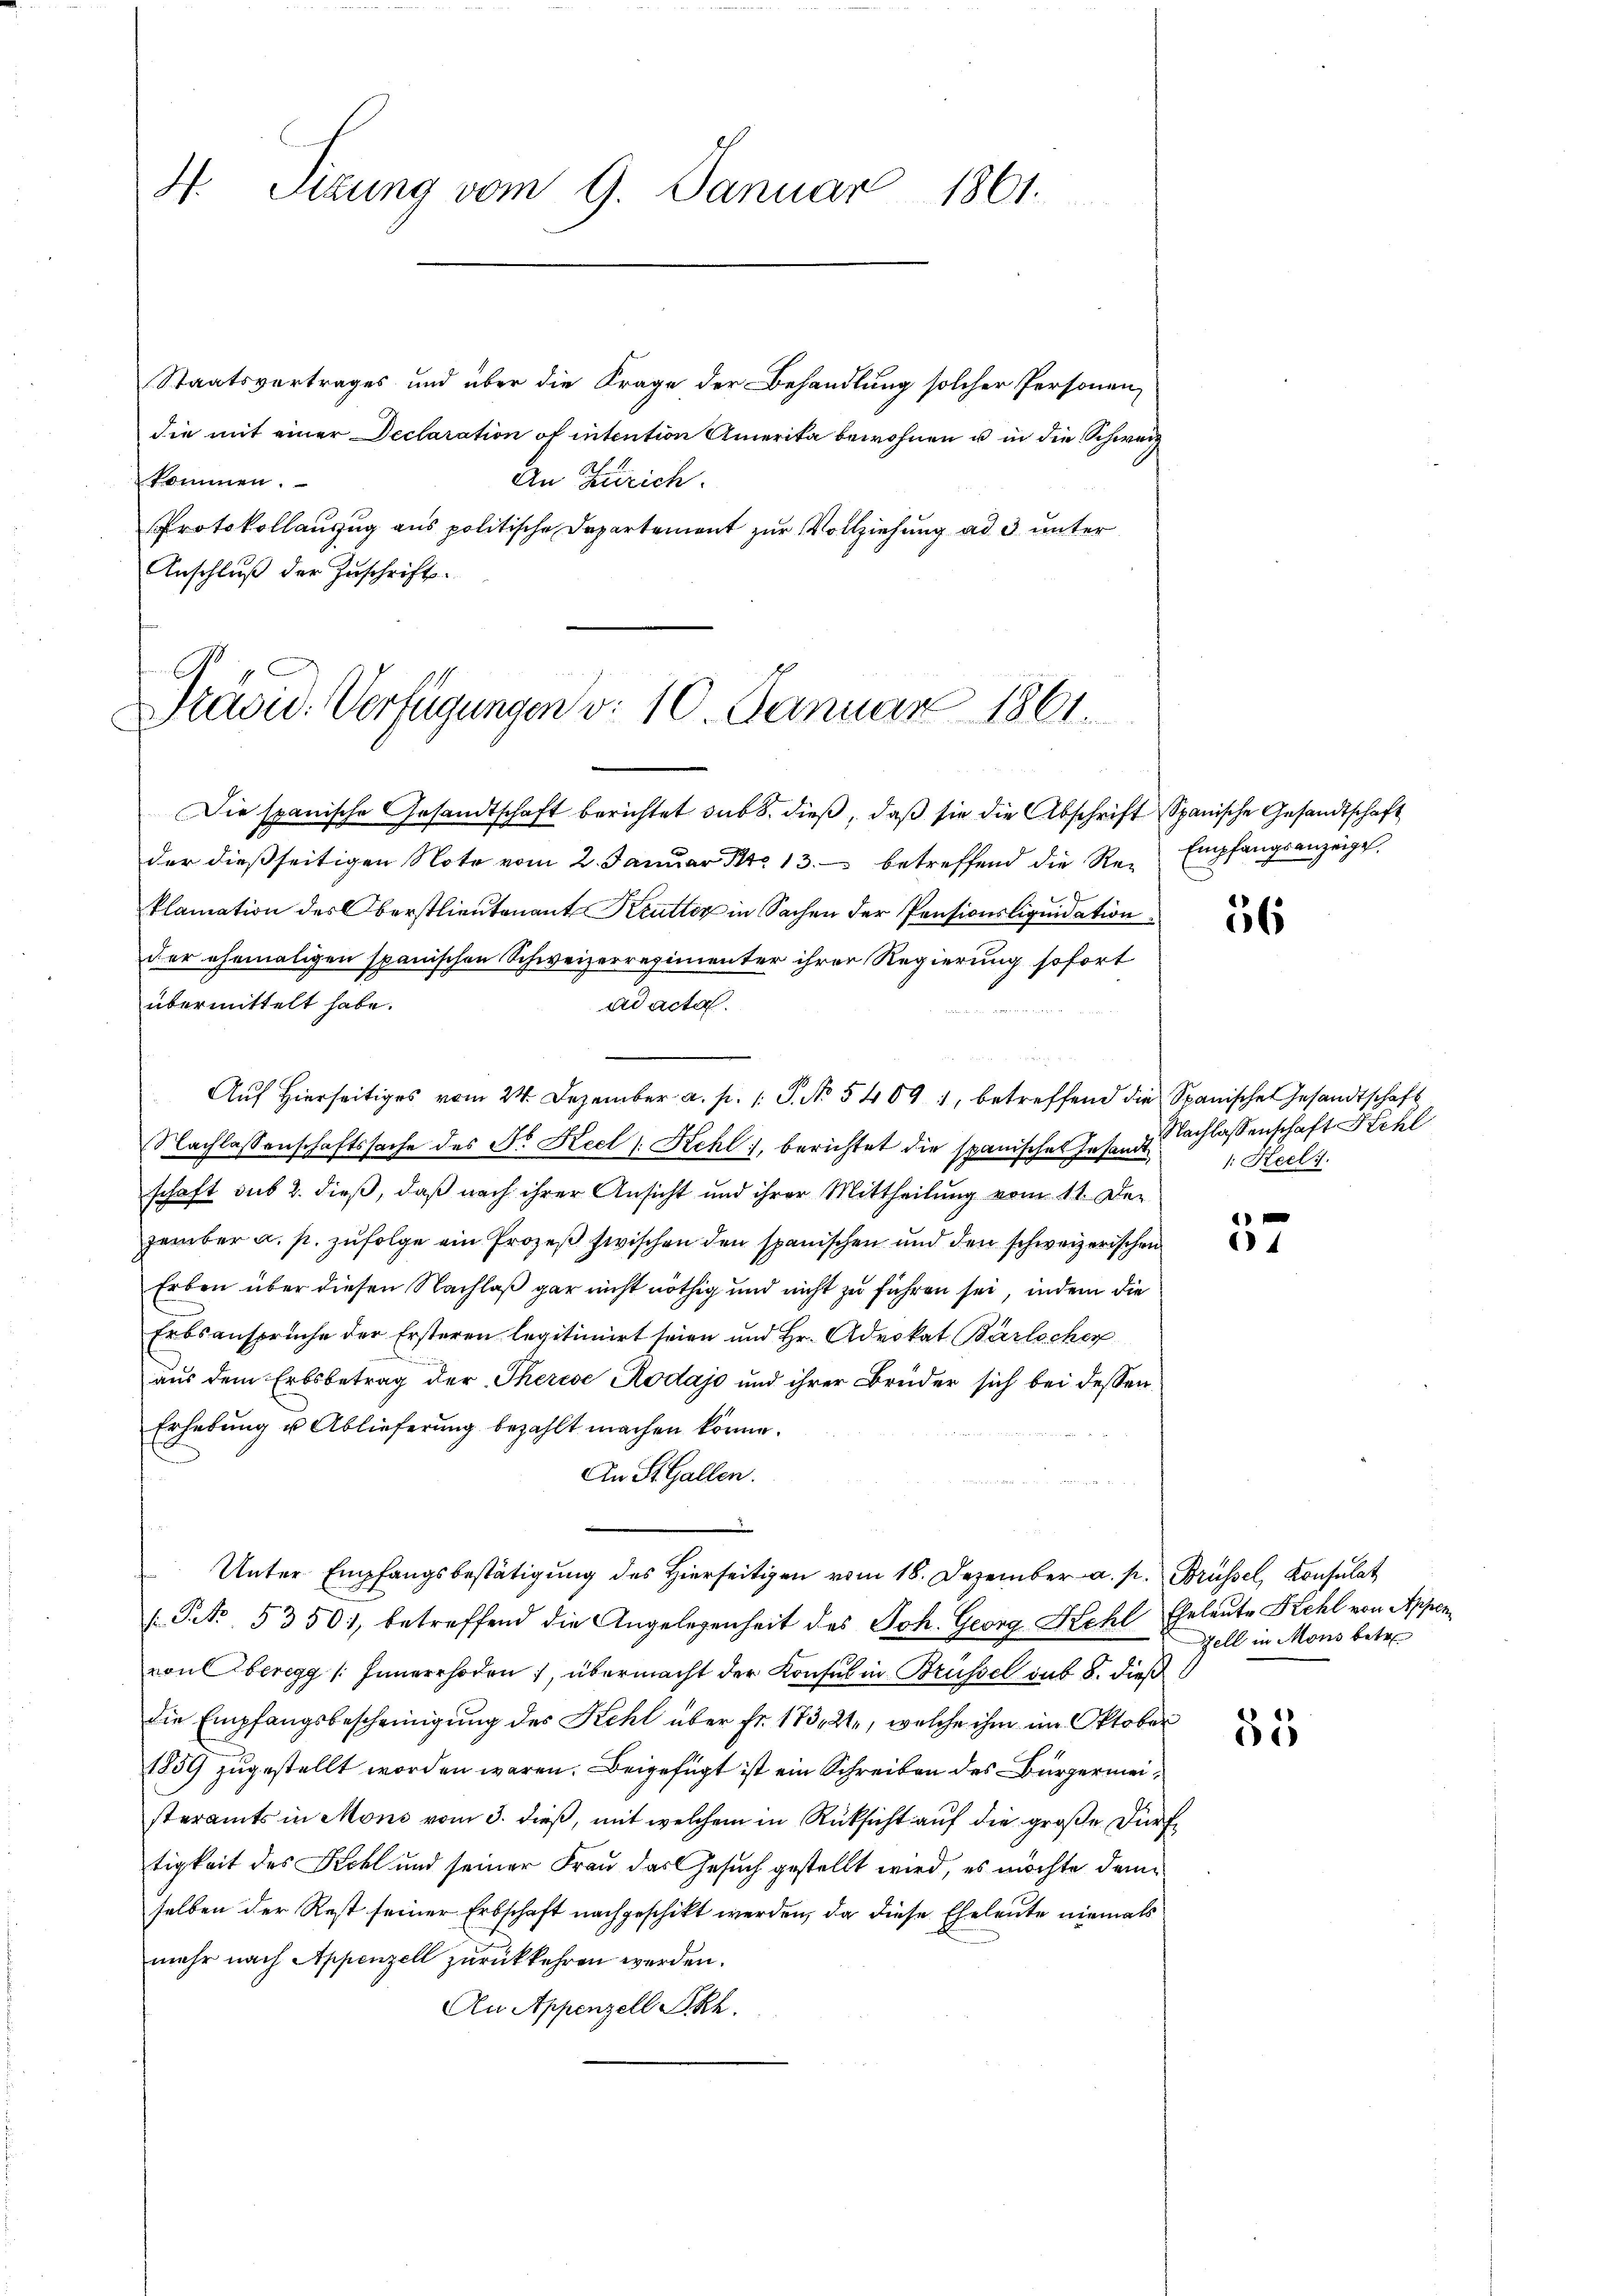
H. Sitzung vom 9. Januar 1861.

Staatsvertrages und über die Frage der Behandlung solcher Personen,
die mit einer Declaration of intention Amerika bewohnen u in die Schweiz
kommen.
An Zürich.
Protokollauszug aus politische Departement zur Vollziehung ad 3 unter
Anschluß der Zuschrift.

C
Präsid. Verfügungen d. 10. Januar 1861

Die spanische Gesandtschaft berichtet sub 8. dieβ, daβ sie die Abschrift Spanische Gesandtschaft
der dießseitigen Note vom 2. Janŭar Nr. 13. betreffend die Re-Empfangsanzeige,
Plamation des Oberstlieutenant Kutter in Sachen der Pensionsliquidation
der ehemaligen spanischen Schweizerregimenter ihrer Regierung sofort
übermittelt habe.
Ad acta.
Auf hierseitiges vom 24. Dezember a. p. 1 S. No 54091, betreffend die Spanische Gesandtschaft
Nachlassenschaftssache des Sr. Keel /: Kehl), berichtet die spanisches Gesandt Heili
schaft sub 2. dieß, daß nach ihrer Ansicht und ihrer Mittheilung vom 11. Der
zember a. p. zufolge ein Prozeß zwischen den spanischen und den schweizerischen
Erben über diesen Nachlaß gar nicht nöthig und nicht zu führen sei, indem die
Erbsanspruche der Ersteren legitimirt seien und Hr. Advokat Bärlicher
aus dem Erbsbetrag der Therese Rodajo und ihrer Brüder sich bei dessen
Erhebung u Ablieferung bezahlt machen könne.
An St. Gallen.
Unter Empfangsbestätigung des hierseitigen vom 18. Dezember a. pr. Brüssel, Konsulat
(Po 5350, betreffend die Angelegenheit des Joh. Georg Kehl Eheleute Kehl von Appenron beregg / Innerrhoden, übermacht der Konsul in Brüssel sub 8. dieß
die Empfangsbescheinigung des Kehl über Fr. 173021, welche ihm im Oktober
1859 zugestellt worden wären. Beigefügt ist ein Schreiben des Bürgermeisteramts in Mons vom 3. dieß, mit welchem in Rüksicht auf die große dürftigkeit des Sichl und seiner Frau das Gesuch gestellt wird, es möchte dem
selben der Rest seiner Erbschaft nachgeschikt werden, da diese Eheleute niemals
mehr nach Appenzell zurückkehren werden.
An Appenzell SRh.

56

Nachlassenschaft Kehl

4
4

55

Zell in Mons betre